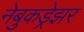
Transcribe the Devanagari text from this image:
नेबुकड्रेझर